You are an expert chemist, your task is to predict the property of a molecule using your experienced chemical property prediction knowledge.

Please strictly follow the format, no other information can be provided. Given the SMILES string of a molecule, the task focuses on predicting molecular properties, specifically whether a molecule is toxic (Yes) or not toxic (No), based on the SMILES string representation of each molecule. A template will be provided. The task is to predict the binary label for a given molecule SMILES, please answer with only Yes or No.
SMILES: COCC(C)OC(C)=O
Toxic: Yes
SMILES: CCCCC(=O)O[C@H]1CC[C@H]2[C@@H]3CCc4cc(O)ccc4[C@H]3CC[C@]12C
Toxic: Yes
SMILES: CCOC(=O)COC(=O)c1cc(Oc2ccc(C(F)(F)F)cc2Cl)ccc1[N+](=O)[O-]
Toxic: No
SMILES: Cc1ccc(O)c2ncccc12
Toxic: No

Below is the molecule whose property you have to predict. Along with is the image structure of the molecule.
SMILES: O=C(O)C(=O)Nc1cccc(-c2nnn[nH]2)c1
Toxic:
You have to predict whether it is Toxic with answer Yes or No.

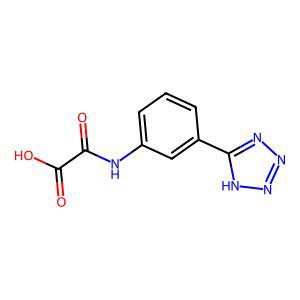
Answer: No